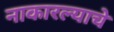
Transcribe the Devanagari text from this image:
नाकारल्याचे